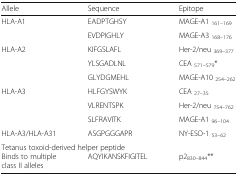
| Allele | Sequence | Epitope |
 | --- | --- | --- |
 | HLA-A1 | EADPTGHSY | MAGE-A1 161–169 |
 |  | EVDPIGHLY | MAGE-A3 168–176 |
 | HLA-A2 | KIFGSLAFL | Her-2/neu 369–377 |
 |  | YLSGADLNL | CEA 571–579* |
 |  | GLYDGMEHL | MAGE-A10 254–262 |
 | HLA-A3 | HLFGYSWYK | CEA 27–35 |
 |  | VLRENTSPK | Her-2/neu 754–762 |
 |  | SLFRAVITK | MAGE-A1 96–104 |
 | HLA-A3/HLA-A31 | ASGPGGGAPR | NY-ESO-1 53–62 |
 | <COLSPAN=3> Tetanus toxoid-derived helper peptide |
 | Binds to multiple class II alleles | AQYIKANSKFIGITEL | p2830–844** |